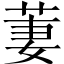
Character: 萋